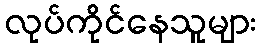
လုပ်ကိုင်နေသူများ